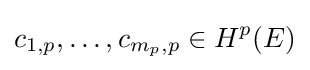
c_{1,p},\ldots ,c_{m_{p},p}\in H^{p}(E)